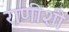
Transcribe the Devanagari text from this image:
राणीशी